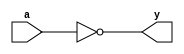
`timescale 1ns / 1ps
//////////////////////////////////////////////////////////////////////////////////
// Company: 
// Engineer: 
// 
// Design Name: 
// Module Name:    ginv 
// Project Name: 
// Target Devices: 
// Tool versions: 
// Description: 
//
// Dependencies: 
//
// Revision: 
// Revision 0.01 - File Created
// Additional Comments: 
//
//////////////////////////////////////////////////////////////////////////////////
module ginv(
    input a,
    output y
    );
	 not(y,a);

endmodule